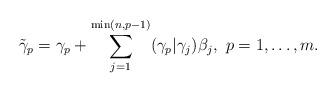
LaTeX: \begin{align*}\tilde{\gamma}_p = \gamma_p + \sum_{j =1}^{\min(n, p -1)} (\gamma_p | \gamma_j) \beta_j,\,\, p = 1, \ldots, m.\end{align*}